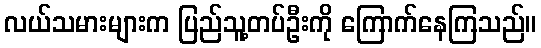
လယ်သမားများက ပြည်သူ့တပ်ဦးကို ကြောက်နေကြသည်။